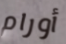
أورام